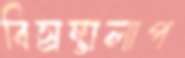
বিস্রম্ভালাপ